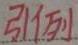
引例